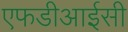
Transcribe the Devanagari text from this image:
एफडीआईसी